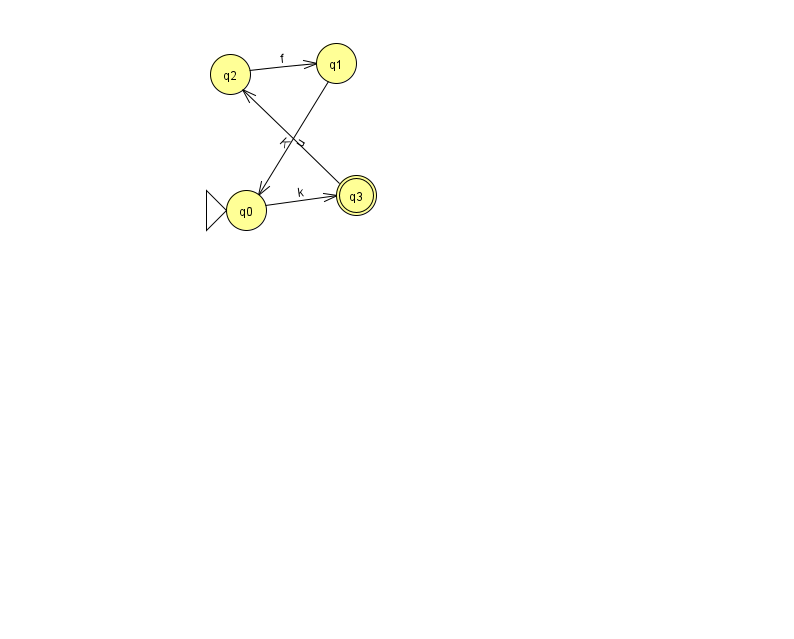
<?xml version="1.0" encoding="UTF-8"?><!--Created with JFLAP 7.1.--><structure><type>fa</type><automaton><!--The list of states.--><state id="0" name="q0"><x>246.0</x><y>197.0</y><initial/></state><state id="1" name="q1"><x>336.0</x><y>50.0</y></state><state id="2" name="q2"><x>230.0</x><y>61.0</y></state><state id="3" name="q3"><x>356.0</x><y>182.0</y><final/></state><!--The list of transitions.--><transition><from>2</from><to>1</to><read>f</read></transition><transition><from>1</from><to>0</to><read>u</read></transition><transition><from>0</from><to>3</to><read>k</read></transition><transition><from>3</from><to>2</to><read>K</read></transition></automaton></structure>